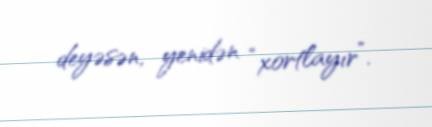
deyəsən, yenidən “xortlayır”.